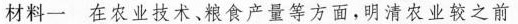
材料一在农业技术、粮食产量等方面，明清农业较之前